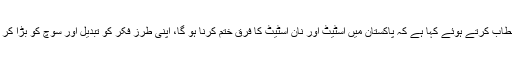
انھوں نے کراچی میں سی ای او سمٹ کے افتتاحی سیشن سے خطاب کرتے ہوئے کہا ہے کہ پاکستان میں اسٹیٹ اور نان اسٹیٹ کا فرق ختم کرنا ہو گا، اپنی طرز فکر کو تبدیل اور سوچ کو بڑا کر کے پاکستان کو پائیدار ترقی کی راہ پر گامزن کیا جا سکتا ہے۔